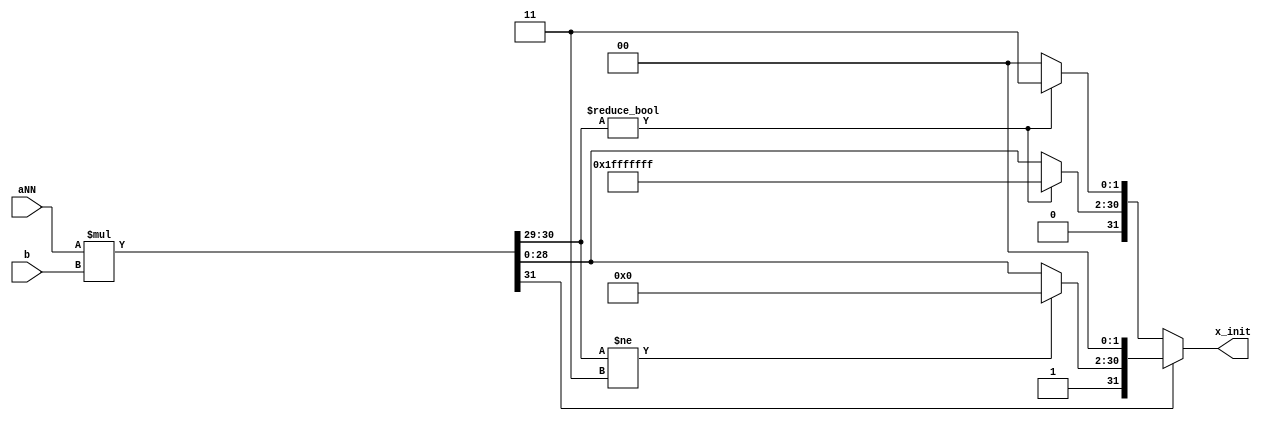
module multbaNN (
    input [15:0] aNN,
    input [15:0] b,
    output [31:0] x_init
);

reg [31:0] ab_sat;
reg [31:0] x_init_w;
assign x_init = x_init_w;

parameter pos_max = 32'b01111111111111111111111111111111;
parameter neg_max = 32'b10000000000000000000000000000000;
parameter HIGH = 2'b11;

always @(*) begin
    ab_sat = $signed(aNN) * $signed(b);

    if (ab_sat[31]) begin
        if (ab_sat[30:29] != HIGH) begin
            x_init_w = neg_max;
        end
        else begin
            x_init_w[31] = 1;
            x_init_w[30:2] = ab_sat[28:0];
            x_init_w[1:0] = 0;
        end
    end
    else begin
        if (ab_sat[30:29] != 0) begin
            x_init_w = pos_max;
        end
        else begin
            x_init_w[31] = 0;
            x_init_w[30:2] = ab_sat[28:0];
            x_init_w[1:0] = 0;
        end
    end
end

    
endmodule